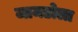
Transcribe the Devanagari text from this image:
जामडोला